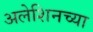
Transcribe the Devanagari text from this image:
अलेशिनच्या